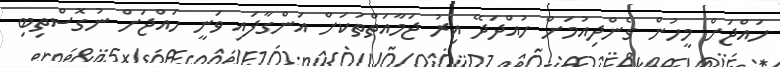
ހައްޖަށް މީހުން ގެންދިއުމަށް ހުއްދަދޭ އިރު ޖަމާއަތްތަކަށް އަންގާފައި ވަނީ ހައްޖަށް ނުގޮސްތިބި